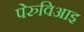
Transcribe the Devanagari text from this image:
पेरुविआइ